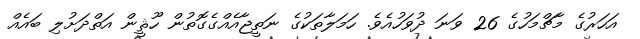
އަހަރުގެ މާޗްމަހުގެ 26 ވަނަ ދުވަހުއެވެ. ހަމަލާތަކުގެ ނަތީޖާއެއްގެގޮތުން ހޫޘީން އަތްދަށުލި ބައެއް